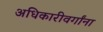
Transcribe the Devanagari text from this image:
अधिकारीवर्गांना